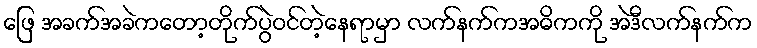
ဖြေ အခက်အခဲကတော့တိုက်ပွဲဝင်တဲ့နေရာမှာ လက်နက်ကအဓိကကို အဲဒီလက်နက်က